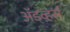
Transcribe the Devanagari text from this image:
अॅडव्हर्स